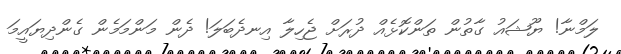
ލަމްނާ! ޔޫޝައު ގާތުން ތަންކޮޅެއް ދުރަށް ޖެހިލާ އިނދެބަލަ! ދެން މަންމަމެން ގެންދިޔައީމަ